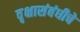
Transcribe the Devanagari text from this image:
वृक्षासंबंधीचे